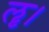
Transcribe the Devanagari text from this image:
ॡ।